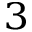
^ 3